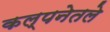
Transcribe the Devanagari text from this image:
कल्पनेतले